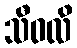
သီဝလိ